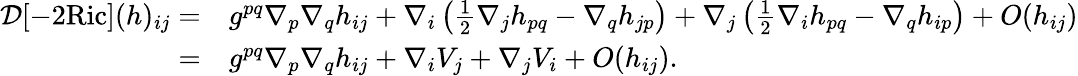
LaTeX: \begin{array}{rl}{\mathcal{D}[-2\mathrm{Ric}](h)_{ij}=}&{g^{pq}\nabla_{p}\nabla_{q}h_{ij}+\nabla_{i}\left(\frac{1}{2}\nabla_{j}h_{pq}-\nabla_{q}h_{jp}\right)+\nabla_{j}\left(\frac{1}{2}\nabla_{i}h_{pq}-\nabla_{q}h_{ip}\right)+O(h_{ij})}\\ {=}&{g^{pq}\nabla_{p}\nabla_{q}h_{ij}+\nabla_{i}V_{j}+\nabla_{j}V_{i}+O(h_{ij}).}\end{array}